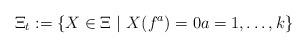
LaTeX: \begin{align*} \Xi_t:=\{X\in\Xi~|~X(f^a)=0a=1,\ldots,k\}\end{align*}